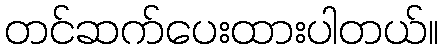
တင်ဆက်ပေးထားပါတယ်။